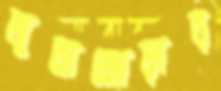
জুতাজোড়ার